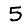
Digit: 5